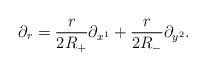
LaTeX: \begin{align*}\partial_{r}=\frac{r}{2R_{+}}\partial_{x^{1}}+\frac{r}{2R_{-}}\partial_{y^{2}}.\end{align*}